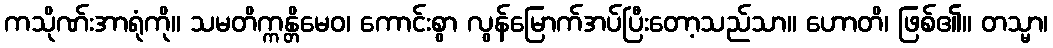
ကသိုဏ်းအာရုံကို။ သမတိက္ကန္တိမေဝ၊ ကောင်းစွာ လွန်မြောက်အပ်ပြီးတော့သည်သာ။ ဟောတိ၊ ဖြစ်၏။ တသ္မာ၊